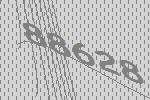
88628